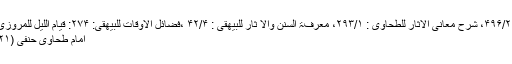
( موطا امام مالک : ۱۳۸، السنن الکبری للبھقی: ۴۹۶/۲، شرح معانی الآثار للطحاوی : ۲۹۳/۱، معرفۃ السنن والآ ثار للبیھقی : ۴۲/۴ ،فضائل الاوقات للبیھقی: ۲۷۴: قیام اللیل للمروزی : ۲۲۰، مشکاۃ المصابیح : ۴۰۷ وسندہ صحیح)
امام طحاوی حنفی (۳۲۱-۲۳۹ھ) نے اس حدیث سے حجت پکڑی ہے۔